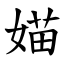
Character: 媌